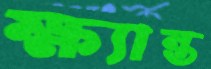
ক্ষ্যান্ত